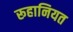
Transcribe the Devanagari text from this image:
रूहानियत